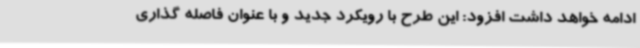
ادامه خواهد داشت افزود: این طرح با رویکرد جدید و با عنوان فاصله گذاری